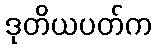
ဒုတိယပတ်က